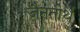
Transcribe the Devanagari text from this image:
जैनतीर्थ